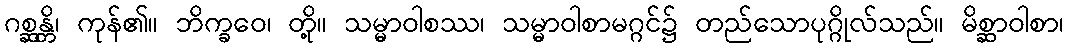
ဂစ္ဆန္တိ၊ ကုန်၏။ ဘိက္ခဝေ၊ တို့။ သမ္မာဝါစဿ၊ သမ္မာဝါစာမဂ္ဂင်၌ တည်သောပုဂ္ဂိုလ်သည်။ မိစ္ဆာဝါစာ၊